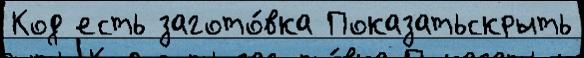
Код есть загото́вка Показатьскрыть